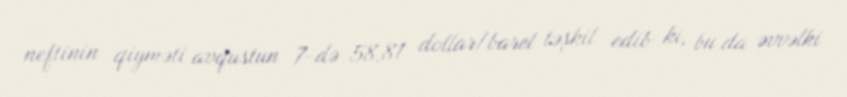
neftinin qiyməti avqustun 7-də 58,81 dollar/barel təşkil edib ki, bu da əvvəlki